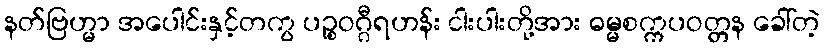
နတ်ဗြဟ္မာ အပေါင်းနှင့်တကွ ပဉ္စဝဂ္ဂီရဟန်း ငါးပါးတို့အား ဓမ္မစက္ကပဝတ္တန ခေါ်တဲ့